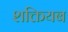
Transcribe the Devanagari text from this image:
शक्तियब